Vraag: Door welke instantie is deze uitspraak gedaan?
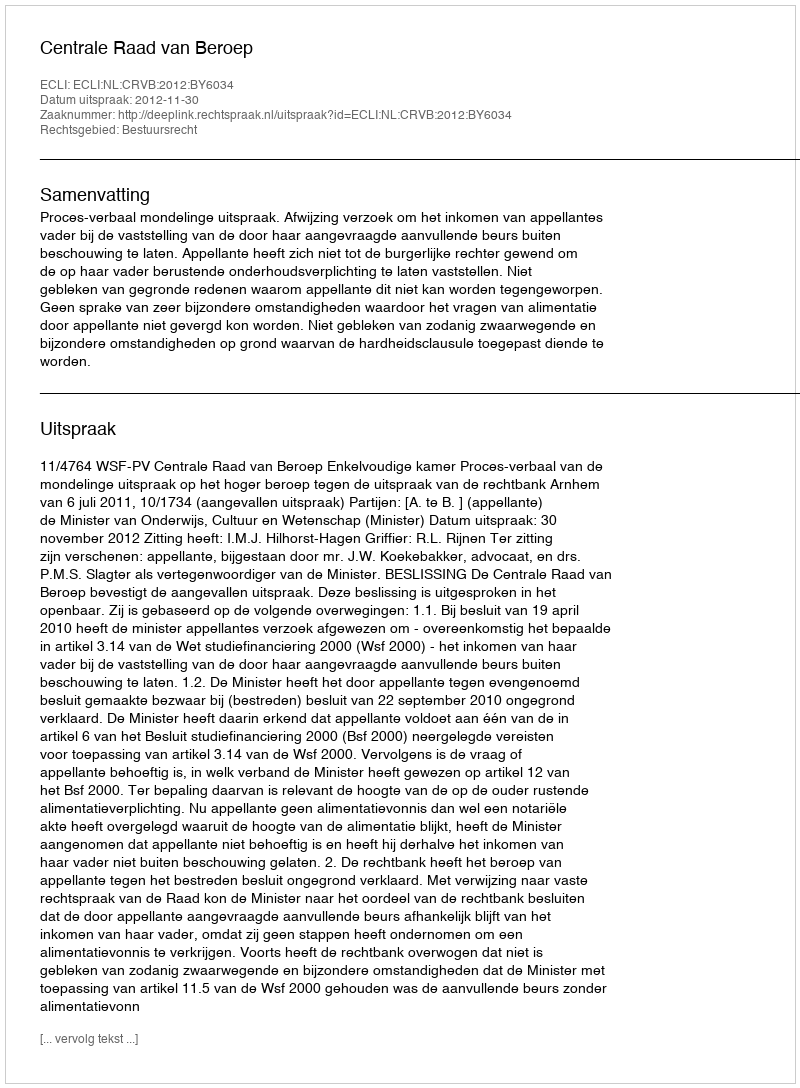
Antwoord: Centrale Raad van Beroep